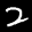
Label: 2